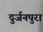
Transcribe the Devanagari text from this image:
दुर्जनपुरा